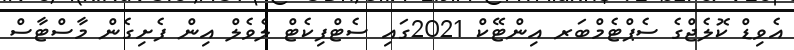
އެވިޑް ކޮލެޖްގެ ސެޕްޓެމްބަރ އިންޓޭކް 2021ގައި ސެޓްފިކެޓް ލެވެލް އިން ފެށިގެން މާސްޓާސް